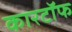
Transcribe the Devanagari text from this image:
कारटॉफ